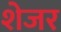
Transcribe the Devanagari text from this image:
शेजर